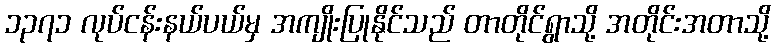
၁၃၇၁ လုပ်ငန်းနယ်ပယ်မှ အကျိုးပြုနိုင်သည် တာတိုင်ရွာသို့ အတိုင်းအတာသို့